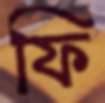
ফি